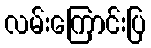
လမ်းကြောင်းပြ